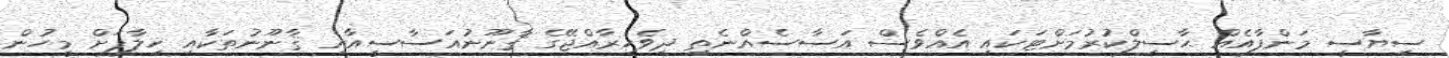
ސިޔާސީ މަންފާއެއް ޙާސިލްކުރުމަށްޓަކައި އެއްވެސް އަސާސެއްނެތި ދިވެހިރާއްޖޭގެ ޤާނޫނުއަސާސީއާއި ޤާނޫނުތަކާއި ޚިލާފަށް މީހުން